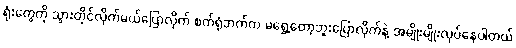
ရုံးတွေကို သွားတိုင်လိုက်မယ်ပြောလိုက် စက်ရုံဘက်က မရွှေ့တော့ဘူးပြောလိုက်နဲ့ အမျိုးမျိုးလုပ်နေပါတယ်